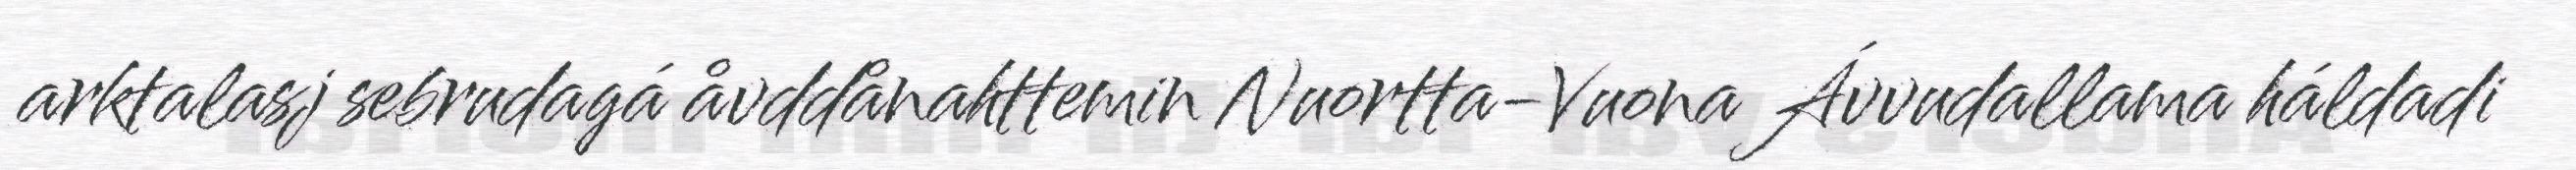
arktalasj sebrudagá åvddånahttemin Nuortta-Vuona Ávvudallama háldadi